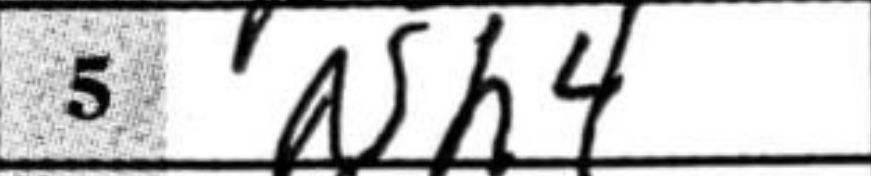
Transcription: Nh4